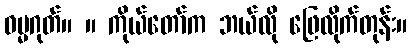
ဓမ္မဂုတ်။ ။ ကိုယ်တော်က ဘယ်လို ဖြေလိုက်တုန်း။